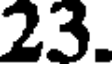
23.